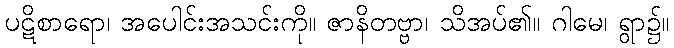
ပဋိစာရော၊ အပေါင်းအသင်းကို။ ဇာနိတဗ္ဗာ၊ သိအပ်၏။ ဂါမေ၊ ရွာ၌။